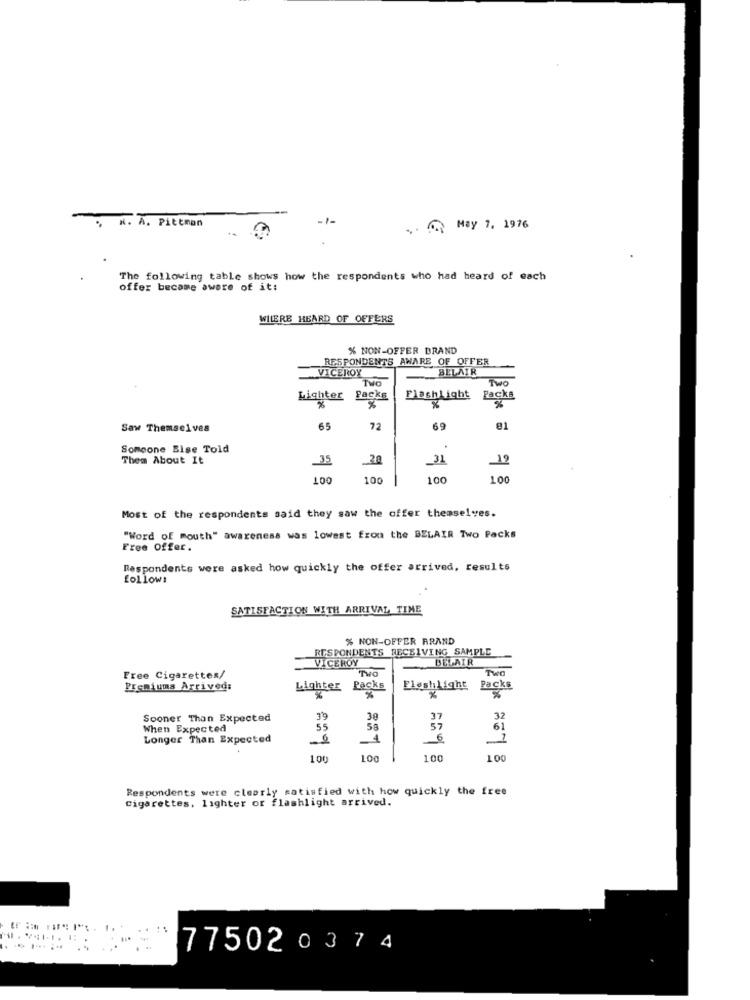
-1-
, N. A. PICCman
.. . May 7. 1976
The following table shows how the respondents who had heard of each
offer became aware of it:
WILERE HEARD OF OFFERS
% NON-OFFER BRAND
RESPONDENTS AWARE OF OFFER
VICEROY
BELAIR
Two
Two
Lighter Packs
Flashlight Packs
Saw Themselves
65
72
69
Someone Bise Told
Them About It
35
20
31
OOT
100
100
100
Most of the respondents said they saw the offer themselves.
"Word of mouth" awareness was lowest from the BELAIR Two Packs
Free Offer.
Respondents were asked how quickly the offer arrived, results
follows
SATISFACTION WITH ARRIVAL TIME
% NON-OFFER BRAND
RESPONDENTS RECEIVING SAMPLE
VICEROY
BELAIR
TWO
Twa
Free Cigarettes/
Premiums Arrived:
Lighter
Packs
Fleshlight Packs
x
Sooner Than Expected
39
30
37
When Expected
55
5€
57
61
Longer Than Expected
-1
6
100
100
100
100
Respondents were clearly satisfied with how quickly the free
cigarettes, lighter or flashlight arrived.
77502 0374